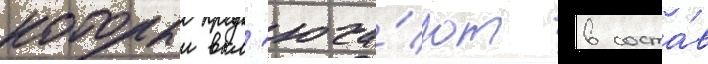
которыи вкл'юча́ют в соста́в